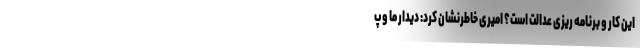
این کار و برنامه ریزی عدالت است؟ امیری خاطرنشان کرد: دیدار ما و پ